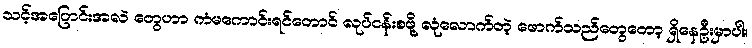
သင့်အပြောင်းအလဲ တွေဟာ ကံမကောင်းရင်တောင် လုပ်ငန်းစဖို့ လုံလောက်တဲ့ ဖောက်သည်တွေတော့ ရှိနေဦးမှာပါ။